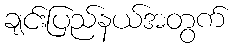
ချင်းပြည်နယ်အတွက်